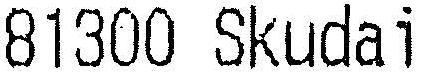
81300 SKUDAI